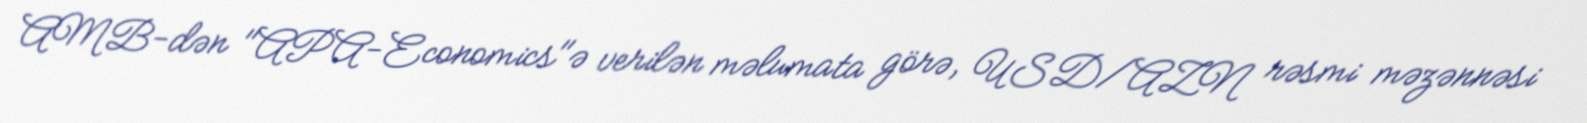
AMB-dən "APA-Economics"ə verilən məlumata görə, USD/AZN rəsmi məzənnəsi